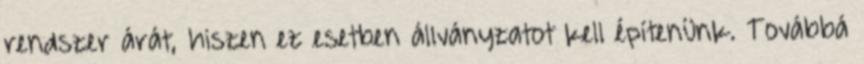
rendszer árát, hiszen ez esetben állványzatot kell építenünk. Továbbá